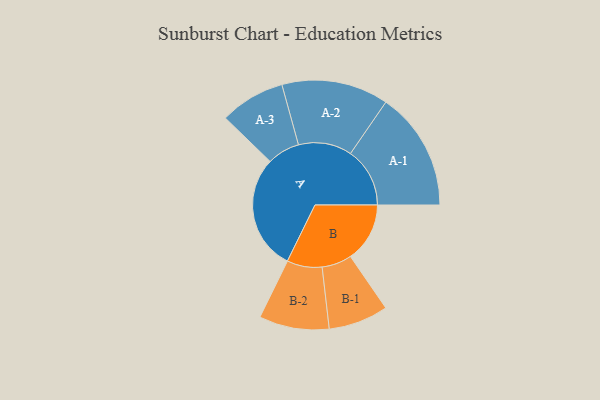
{"axis": {"x": "Segment", "y": "Value"}, "legend": ["", "A", "B"], "data": [{"x": "A", "y": 471, "type": ""}, {"x": "B", "y": 242, "type": ""}, {"x": "A-1", "y": 242, "type": "A"}, {"x": "A-2", "y": 218, "type": "A"}, {"x": "A-3", "y": 133, "type": "A"}, {"x": "B-1", "y": 122, "type": "B"}, {"x": "B-2", "y": 143, "type": "B"}]}